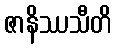
ဇာနိဿသီတိ